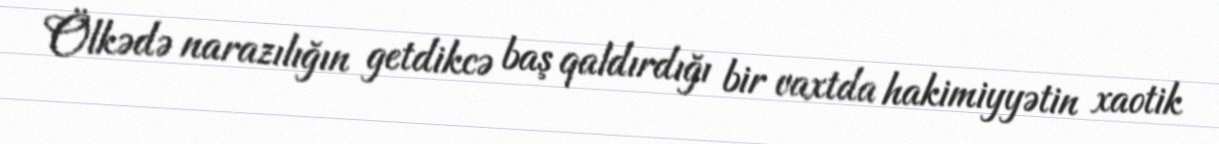
Ölkədə narazılığın getdikcə baş qaldırdığı bir vaxtda hakimiyyətin xaotik